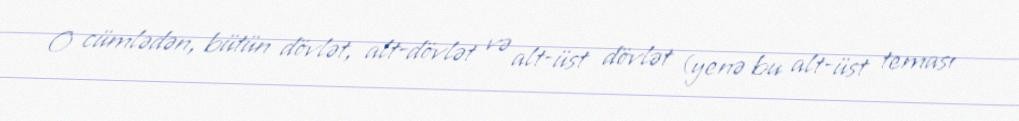
O cümlədən, bütün dövlət, alt-dövlət və alt-üst dövlət (yenə bu alt-üst teması